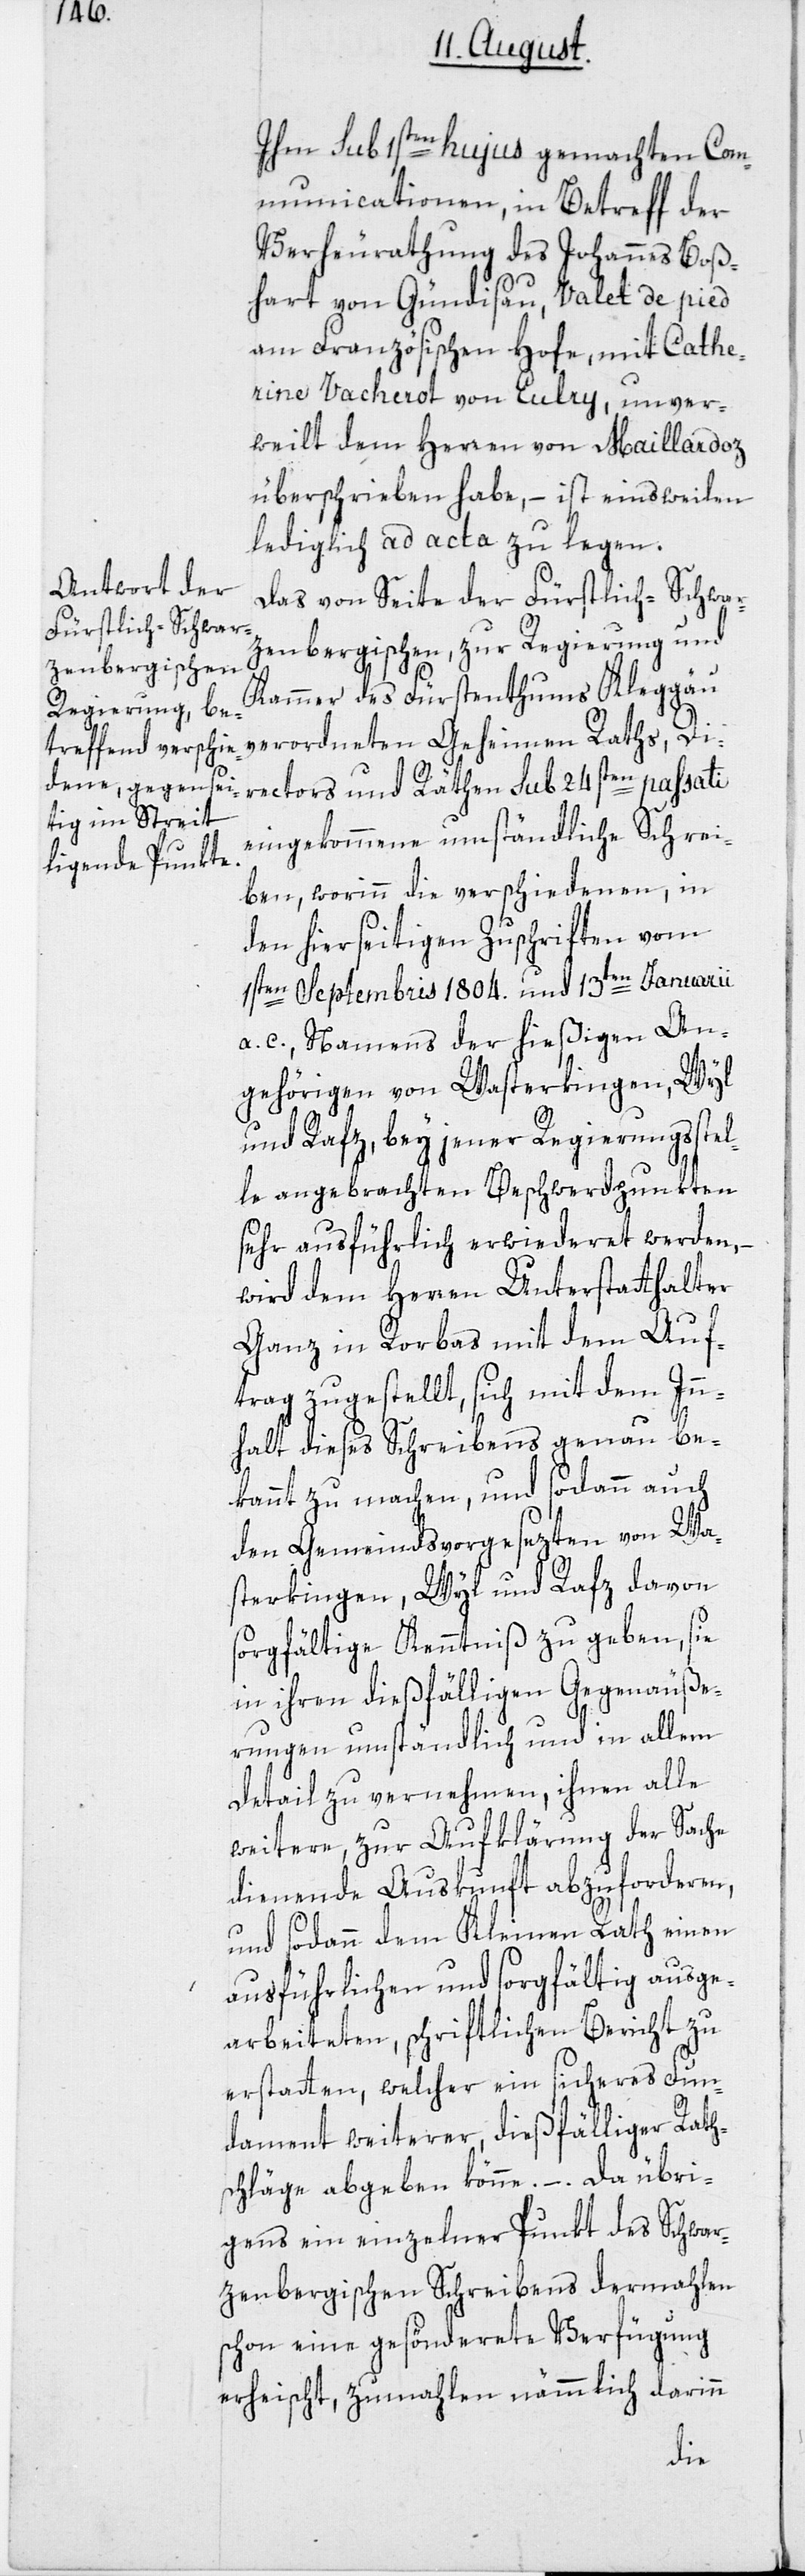
Ihm sub 1sten hujus gemachten Com¬
municationen, in Betreff der
Verheurathung des Johannes Boß¬
hart von Gündisau, Valet de pied
am Französischen Hofe, mit Cather¬
ine Vacherot von Eulry, unver¬
weilt dem Herren von Maillardoz
überschrieben habe, – ist einstweilen
lediglich ad acta zu legen.
Das von Seite der Fürstlich-Schwar¬
zenbergischen, zur Regierung und
Kammer des Fürstenthums Kleggau
verordneten Geheimen Raths, Di¬
rectors und Räthen sub 24sten passati
eingekommene umständliche Schrei¬
ben, worinn die verschiedenen, in
den hierseitigen Zuschriften vom
1sten Septembris 1804. und 13ten Januarii
a. c., Namens der hießigen An¬
gehörigen von Wasterkingen, Wyl
und Rafz, bey jener Regierungsstel¬
le angebrachten Beschwerdpunkten
sehr ausführlich erwiederet werden,
wird dem Herren Unterstatthalter
Ganz in Rorbas mit dem Auf¬
trag zugestellt, sich mit dem Inn¬
halt dieses Schreibens genau be¬
kannt zu machen, und sodann auch
den Gemeindsvorgesezten von Wa¬
sterkingen, Wyl und Rafz davon
sorgfältige Kenntniß zu geben, sie
in ihren dießfälligen Gegenäuße¬
rungen umständlich und in allem
Detail zu vernehmen, ihnen alle
weitere, zur Aufklärung der Sache
dienende Auskunft abzuforderen,
und sodann dem Kleinen Rath einen
ausführlichen und sorgfältig ausge¬
arbeiteten schriftlichen Bericht zu
erstatten, welcher ein sicheres Fun¬
dament weiterer, dießfälliger Rath¬
schläge abgeben könne. –. Da übri¬
gens ein einzelner Punkt des Schwar¬
zenbergischen Schreibens dermahlen
schon eine gesönderete Verfügung
erheischt, zumahlen nämmlich darinn